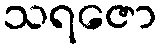
သရဇော